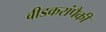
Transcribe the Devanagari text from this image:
बीडकरांपैकी